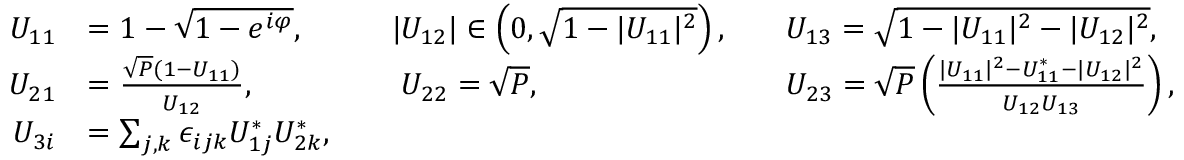
\begin{array} { r l r l r l } { U _ { 1 1 } } & { = 1 - \sqrt { 1 - e ^ { i \varphi } } , } & & { | U _ { 1 2 } | \in \left( 0 , \sqrt { 1 - | U _ { 1 1 } | ^ { 2 } } \right) , } & & { U _ { 1 3 } = \sqrt { 1 - | U _ { 1 1 } | ^ { 2 } - | U _ { 1 2 } | ^ { 2 } } , } \\ { U _ { 2 1 } } & { = \frac { \sqrt { P } ( 1 - U _ { 1 1 } ) } { U _ { 1 2 } } , } & & { \phantom { | } U _ { 2 2 } = \sqrt { P } , } & & { U _ { 2 3 } = \sqrt { P } \left( \frac { | U _ { 1 1 } | ^ { 2 } - U _ { 1 1 } ^ { * } - | U _ { 1 2 } | ^ { 2 } } { U _ { 1 2 } U _ { 1 3 } } \right) , } \\ { U _ { 3 i } } & { = \sum _ { j , k } \epsilon _ { i j k } U _ { 1 j } ^ { * } U _ { 2 k } ^ { * } , } \end{array}